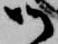
御